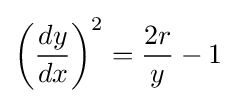
\left({\frac {dy}{dx}}\right)^{2}={\frac {2r}{y}}-1